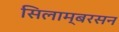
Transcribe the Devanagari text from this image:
सिलाम्बरसन